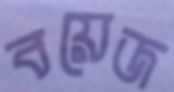
বয়েজ